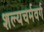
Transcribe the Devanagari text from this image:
शल्यचर्मवर्ग